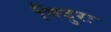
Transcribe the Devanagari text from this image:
भिदुरः